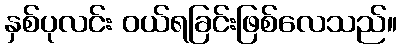
နှစ်ပုလင်း ဝယ်ရခြင်းဖြစ်လေသည်။